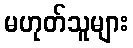
မဟုတ်သူများ